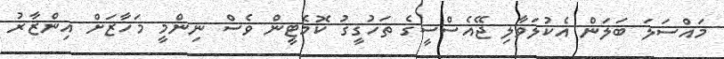
މައްސަލަ ބަލަން އެކުލަވާލި ޖޭއެސްސީގެ ތަހުގީގު ކޮމެޓީން ވެސް ނިންމީ މަހާޒަށް އިންޒާރު